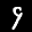
Label: 9